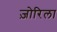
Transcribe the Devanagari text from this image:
ज़ोरिला